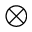
\otimes